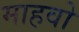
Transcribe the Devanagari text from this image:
माहवो